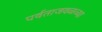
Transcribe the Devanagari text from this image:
पर्वताजवळच्या